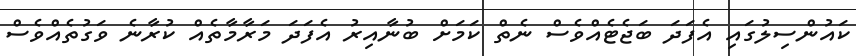
ކައުންސިލުގައި އެފަދަ ބަޖެޓެއްވެސް ނެތް ކަމަށް ބުނާއިރު އެފަދަ މަރާމާތެއް ކުރާނެ ވަގުތެއްވެސް